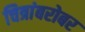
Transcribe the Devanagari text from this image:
चित्रांबरोबर